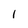
Character: I